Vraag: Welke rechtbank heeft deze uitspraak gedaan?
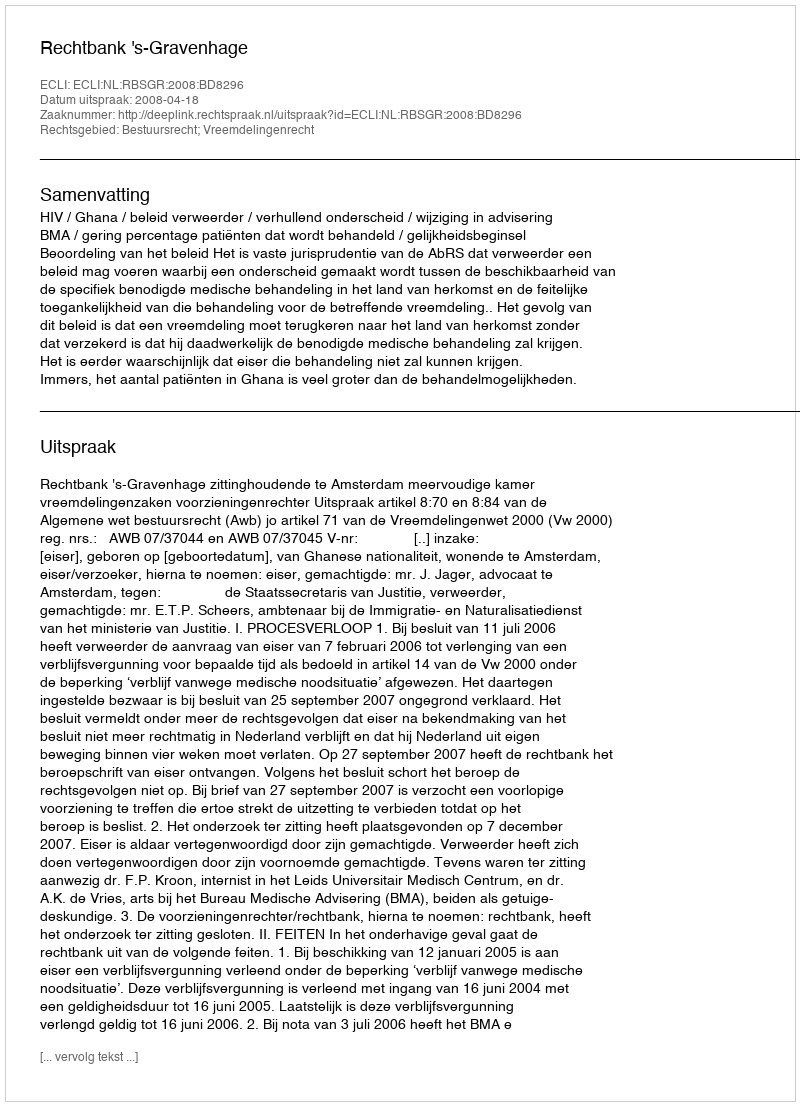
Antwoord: Rechtbank 's-Gravenhage